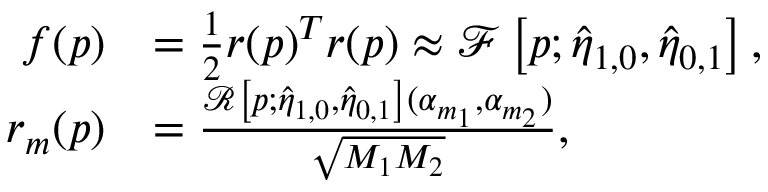
\begin{array} { r l } { f ( \boldsymbol p ) } & { = \frac { 1 } { 2 } r ( \boldsymbol p ) ^ { T } r ( \boldsymbol p ) \approx \mathcal { F } \left[ \boldsymbol p ; \hat { \eta } _ { 1 , 0 } , \hat { \eta } _ { 0 , 1 } \right] , } \\ { r _ { m } ( \boldsymbol p ) } & { = \frac { \mathcal { R } \left[ \boldsymbol p ; \hat { \eta } _ { 1 , 0 } , \hat { \eta } _ { 0 , 1 } \right] ( \alpha _ { m _ { 1 } } , \alpha _ { m _ { 2 } } ) } { \sqrt { M _ { 1 } M _ { 2 } } } , } \end{array}